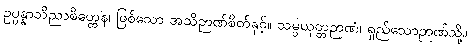
ဥပ္ပန္နာဘိညာစိတ္တေန၊ ဖြစ်သော အသိဉာဏ်စိတ်နှင့်။ သမ္ပယုတ္တဉာဏံ၊ ရှည်သောဉာဏ်သို့။